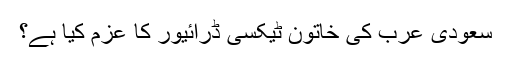
سعودی عرب کی خاتون ٹیکسی ڈرائیور کا عزم کیا ہے؟